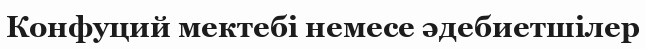
Конфуций мектебі немесе әдебиетшілер